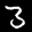
Label: 3